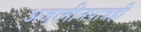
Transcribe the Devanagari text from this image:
अजामीनपात्रही